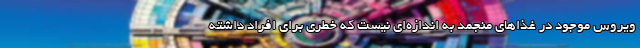
ویروس موجود در غذاهای منجمد به اندازه‌ای نیست که خطری برای افراد داشته